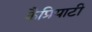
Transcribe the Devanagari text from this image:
कैप्रियाटी